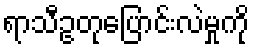
ရာသီဥတုပြောင်းလဲမှုကို